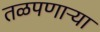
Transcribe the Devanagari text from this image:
तळपणाऱ्या